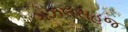
ગઝલસહજ